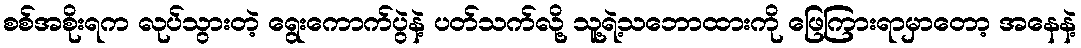
စစ်အစိုးရက လုပ်သွားတဲ့ ရွေးကောက်ပွဲနဲ့ ပတ်သက်လို့ သူ့ရဲ့သဘောထားကို ဖြေကြားရာမှာတော့ အနေနဲ့